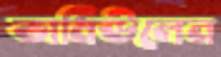
ভার্মিউলেন